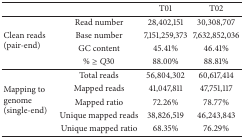
|  |  | T01 | T02 |
 | --- | --- | --- | --- |
 | <ROWSPAN=4> Clean reads (pair-end) | Read number | 28,402,151 | 30,308,707 |
 | Base number | 7,151,259,373 | 7,632,852,036 |
 | GC content | 45.41% | 46.41% |
 | % ≥ Q30 | 88.00% | 88.81% |
 | <ROWSPAN=5> Mapping to genome (single-end) | Total reads | 56,804,302 | 60,617,414 |
 | Mapped reads | 41,047,811 | 47,751,117 |
 | Mapped ratio | 72.26% | 78.77% |
 | Unique mapped reads | 38,826,519 | 46,243,843 |
 | Unique mapped ratio | 68.35% | 76.29% |